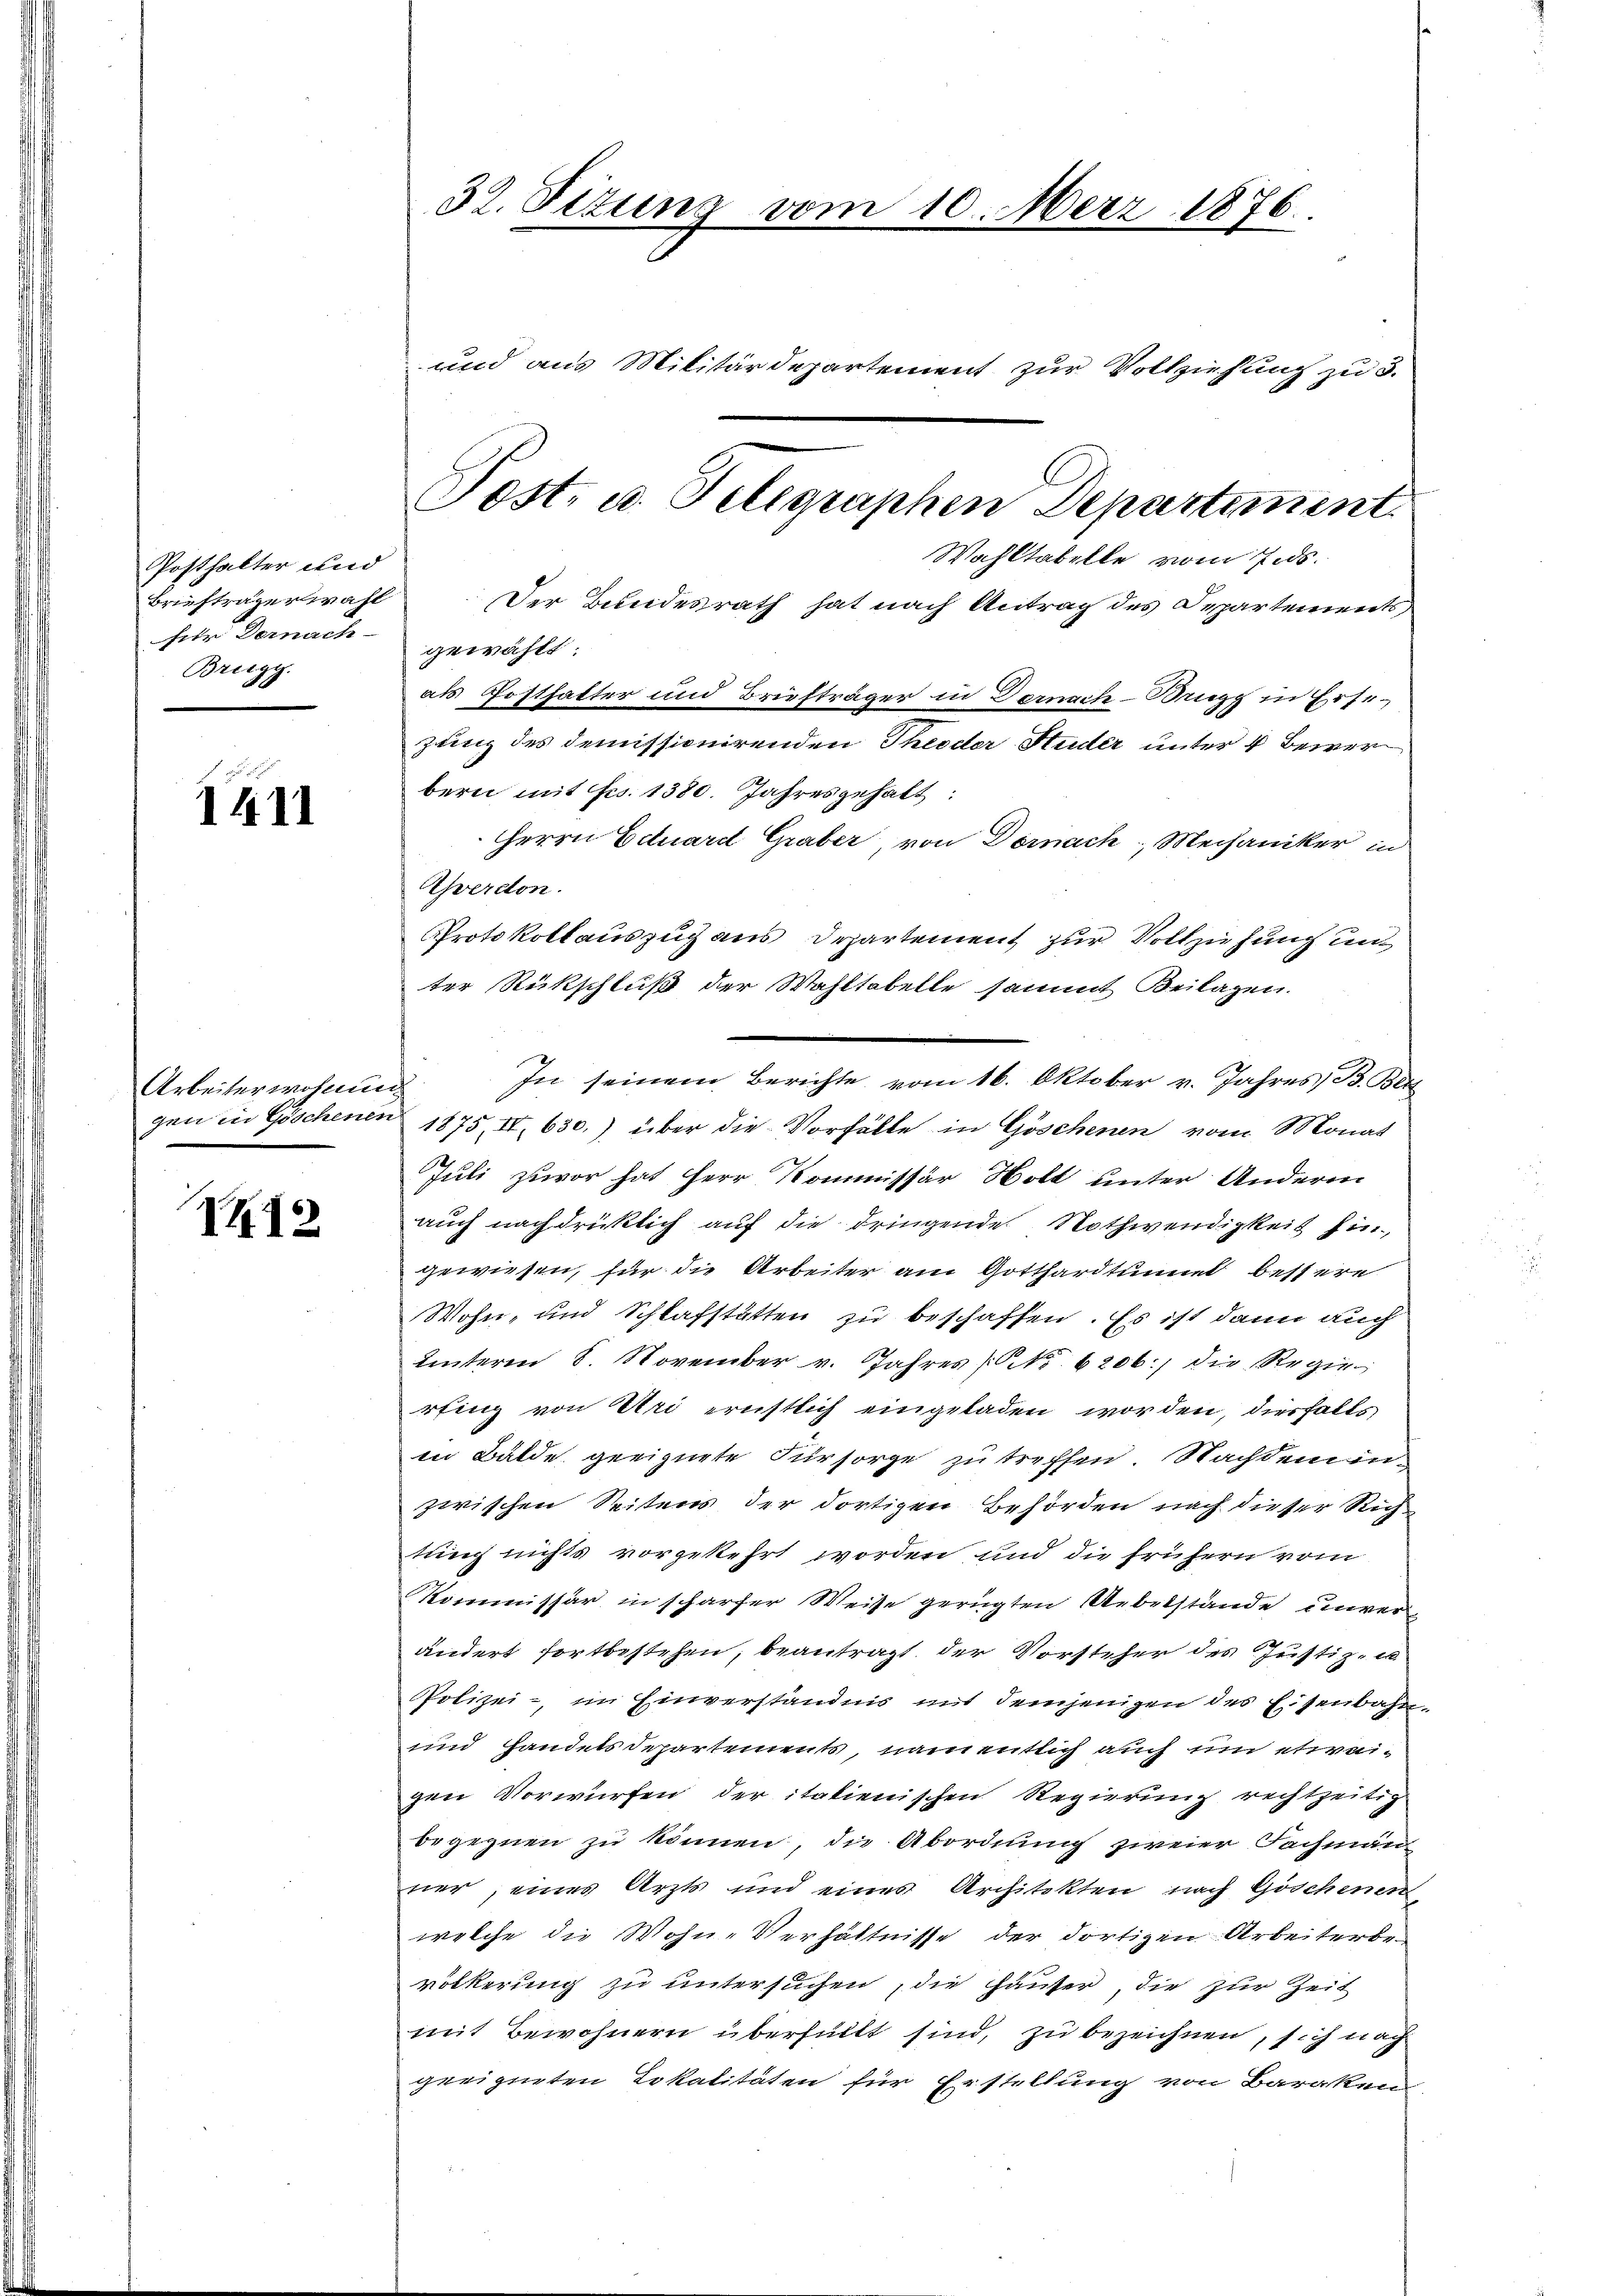
Posthalter und
Briefträgerwahl
für Dernach
Brigy.

1411

Arbeiterwohnung

2

Wahltabelle vom 7. ds.
Der Bundesrath hat nach Antrag des Departements
gewählt:
als Posthalter und Briefträger in Dornach Brugg in Ersezung des demissionirenden Theoder Huder unter 4 Bewer
bern mit Fr. 1380. Jahresgehalt
Herrn Eduard Graber, von Dornach, Mechaniker in
Yverdon.
Protokollauszug aus Departement zur Vollziehung unt
ter Rückschluß der Wahltabelle sammt Beilagen.
gen in Göschenen 1875, II 630.) über die Vorfälle in Göschenen vom Monat
Juli zuvor hat Herr Kommissär Holt unter Anderen
auch nachdrücklich auf die dringende Nothwendigkeit hin
gewiesen, für die Arbeiter am Gotthardtunnel bessere
Wohn- und Schlafstätten zu beschaffen. Es ist dann auch
Unteren 8. November v. Jahres No 6206. die Regie
rfing von Uri ernstlich eingeladen worden, diesfalls
in Bälde geeignete Fürsorge zu treffen. Nachdem inzwischen Seitens der dortigen Behörden nach dieser Rich
tung nichts vorgekehrt worden, und die frühern vom
Kommissär in scharfer Weise gerügten Uebelstände unverändert fortbestehen, beantragt, der Vorsteher des Justiz- u
Polizei-, im Einverständnis mit demjenigen des Eisenbahn¬
und Handelsdepartements, namentlich auch um etwaigen Vorwürfen der italienischen Regierung rechtzeitig
begegnen zu können, die Abordnung zweier Fachman
ner, eines Arzts und eines Architekten nach Göschenen
welche die Wohn-Verhältnisse der dortigen Arbeiterbevölkerung zu untersuchen, die Häuser, die zur Zeit
mit Bewohnern überfüllt sind, zu bezeichnen, sich nach
geeigneten Lokalitäten für Erstellung von Baraknen

32. Fetung vom 10. März 1876.

und aus Militärdepartement zur Vollziehung zu 3.

Post- u. Telegraphen Departiment

In seinem Berichte vom 16. Oktober v. Jahres B. Beit